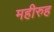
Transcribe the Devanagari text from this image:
महीरुह